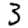
Digit: 3